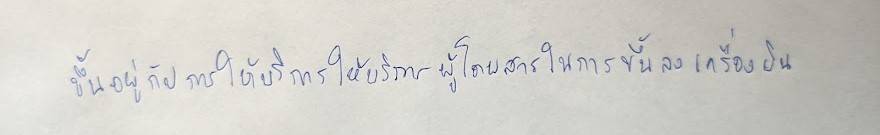
ขึ้นอยู่กับการให้บริการผู้โดยสารในการขึ้นลงเครื่องบิน